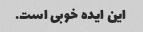
این ایده خوبی است.